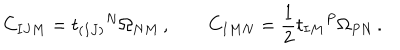
C _ { I J M } = t _ { ( I J ) } { } ^ { N } \Omega _ { N M } \, , \qquad C _ { I M N } = \frac 1 2 t _ { I M } { } ^ { P } \Omega _ { P N } \, .